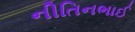
નીતિનભાઈ